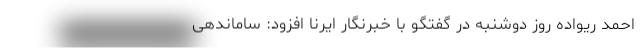
احمد ریواده روز دوشنبه در گفتگو با خبرنگار ایرنا افزود: ساماندهی